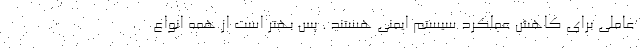
عاملی برای کاهش عملکرد سیستم ایمنی هستند . پس بهتر است از همه انواع